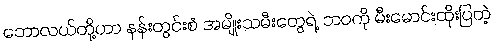
ဘောလယ်တို့ဟာ နန်းတွင်းစံ အမျိုးသမီးတွေရဲ့ ဘဝကို မီးမောင်းထိုးပြတဲ့